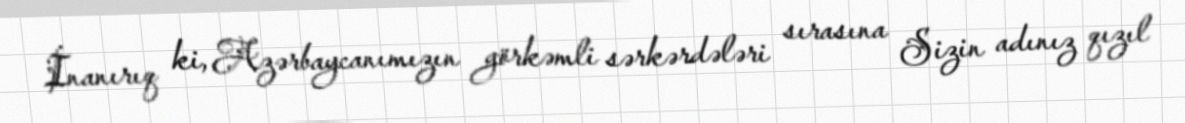
İnanırıq ki, Azərbaycanımızın görkəmli sərkərdələri sırasına Sizin adınız qızıl